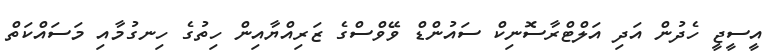
އީސީޖީ ހެދުން އަދި އަލްޓްރާސޮނިކް ސައުންޑް ވޭވްސްގެ ޒަރިއްޔާއިން ހިތުގެ ހިނގުމާއި މަސައްކަތް